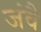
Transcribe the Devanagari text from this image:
जंवै